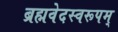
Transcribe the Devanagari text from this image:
ब्रह्मवेदस्वरूपम्